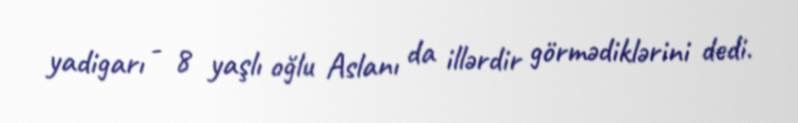
yadigarı - 8 yaşlı oğlu Aslanı da illərdir görmədiklərini dedi.